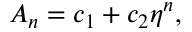
A _ { n } = c _ { 1 } + c _ { 2 } \eta ^ { n } ,